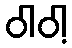
ဝါဝါ့